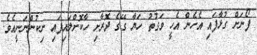
ފޯނަށް ގުޅާފައި އެހެން އެހީ ވަގުތު ހަޔާ ގޭގެ ދޮރާށި ހާކޮށްލައިފައި ނިކުންނަނީއެވެ.